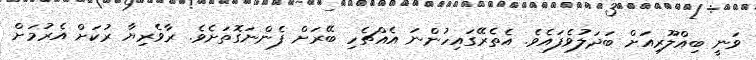
ވަނީ ބިއްލޫރިއަށް ބަދަލުވެފައެވެ. އެތެރޭގައިހުންނަ އެއްޗެހި ބޭރަށް ފެންނަގޮތަށެވެ. ރާވެރިޔާ ރުކަށް އެރުމަށް